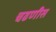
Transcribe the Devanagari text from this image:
चढणीस